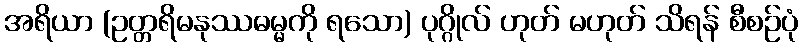
အရိယာ (ဥတ္တရိမနုဿဓမ္မကို ရသော) ပုဂ္ဂိုလ် ဟုတ် မဟုတ် သိရန် စီစဉ်ပုံ